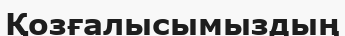
Қозғалысымыздың